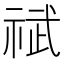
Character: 𫀐